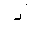
Letter: _dal